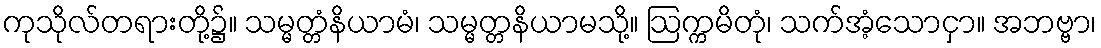
ကုသိုလ်တရားတို့၌။ သမ္မတ္တံနိယာမံ၊ သမ္မတ္တနိယာမသို့။ ဩက္ကမိတုံ၊ သက်အံ့သောငှာ။ အဘဗ္ဗာ၊